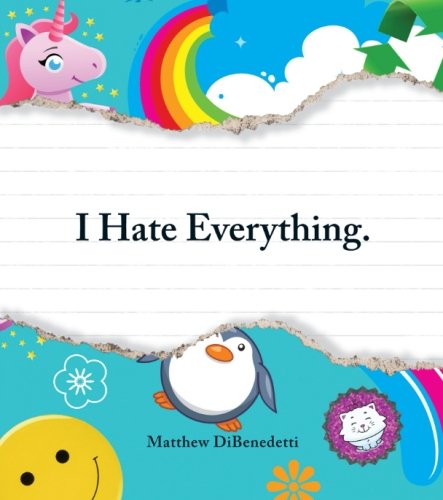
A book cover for I Hate Everything; Matthew DiBenedetti; Humor & Entertainment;